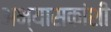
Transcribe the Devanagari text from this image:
अभ्यासकांशी